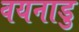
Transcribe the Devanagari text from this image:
वयनाडु